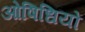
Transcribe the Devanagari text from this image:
ओषिधियों